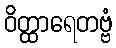
ဝိတ္ထာရေတဗ္ဗံ